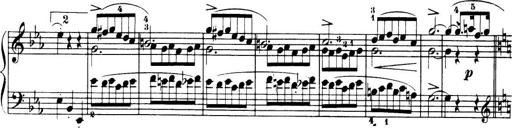
Title: 32 Sonatinas and Rondos for the Piano
Composer: Richard Kleinmichel